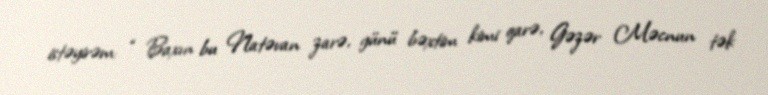
istəyirəm: “ Baxın bu Natəvan zarə, günü bəxtim kimi qarə, Gəzər Məcnun tək